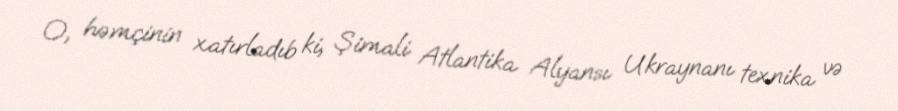
O, həmçinin xatırladıb ki, Şimali Atlantika Alyansı Ukraynanı texnika və